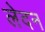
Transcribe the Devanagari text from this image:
लेदन